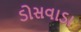
ડોસવાડા